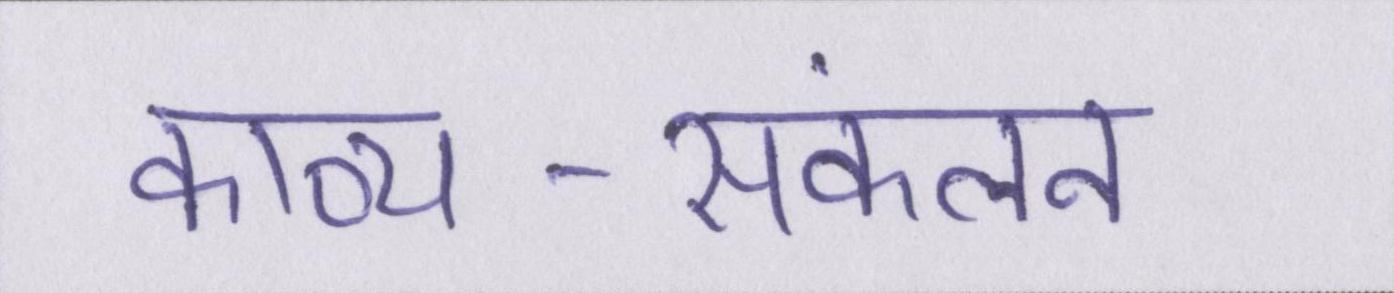
काव्य-संकलन